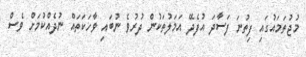
މުޖުތަމައުގައި ފިތުނަ ފަސާދަ އުފެދޭ އަމަލުތަކުން ދުރުވެ ނުބައި ވާހަކަތައް ނުދެއްކުމަށް ވެސް